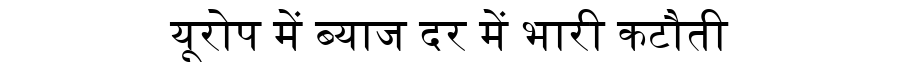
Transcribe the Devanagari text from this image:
यूरोप में ब्याज दर में भारी कटौती